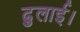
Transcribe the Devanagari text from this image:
ढुलाई।